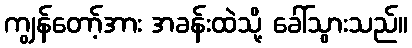
ကျွန်တော့်အား အခန်းထဲသို့ ခေါ်သွားသည်။